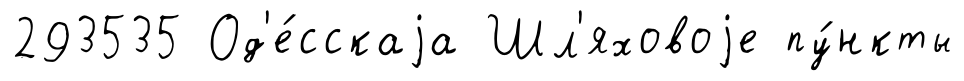
293535 Од'е́сскаjа Шл'яховоjе пу́нкты